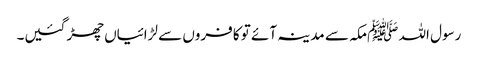
رسول اللہ ﷺمکہ سے مدینہ آئے تو کافروں سے لڑائیاں چھڑ گئیں۔